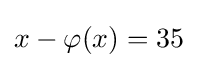
x-\varphi (x)=35